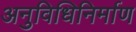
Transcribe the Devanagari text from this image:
अनुविधिनिर्माण